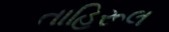
તાહિરૂલ